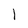
Character: 1